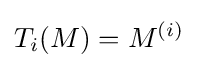
T_{i}(M)=M^{(i)}